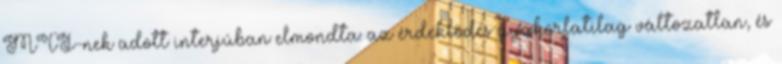
MTI-nek adott interjúban elmondta: az érdeklődés gyakorlatilag változatlan, és